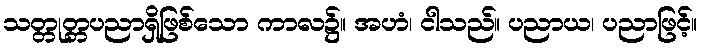
သတ္တုတ္တပညာရှိဖြစ်သော ကာလ၌။ အဟံ၊ ငါသည်။ ပညာယ၊ ပညာဖြင့်။